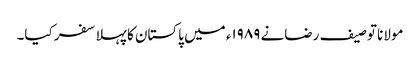
مولانا توصیف رضانے ۱۹۸۹ء میں پاکستان کا پہلا سفر کیا۔